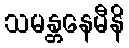
သမန္တနေမီနိ